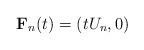
LaTeX: \begin{align*}\mathbf{F}_n(t) = (tU_n,0)\end{align*}